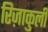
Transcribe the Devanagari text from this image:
रिज़ाकुली